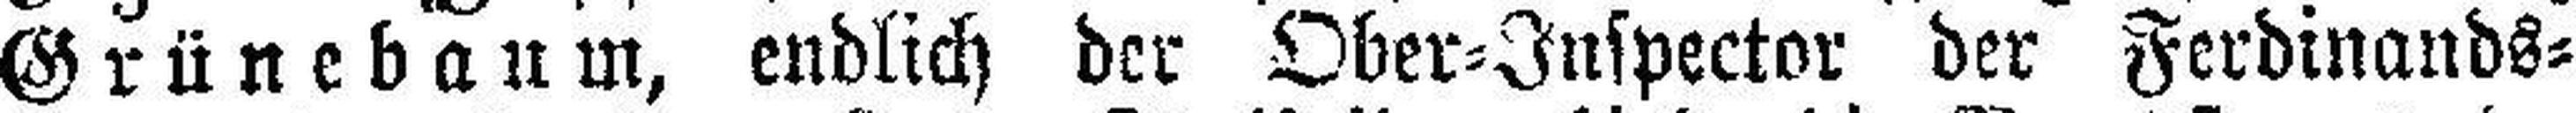
Grünebaum, endlich der Ober=Inspector der Ferdinands=